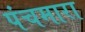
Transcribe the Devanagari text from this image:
पंचमारा